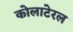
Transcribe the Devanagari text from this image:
कोलाटेरल